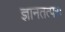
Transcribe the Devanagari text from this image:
ज्ञानतत्परः